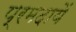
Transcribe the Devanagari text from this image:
प्रमदायें